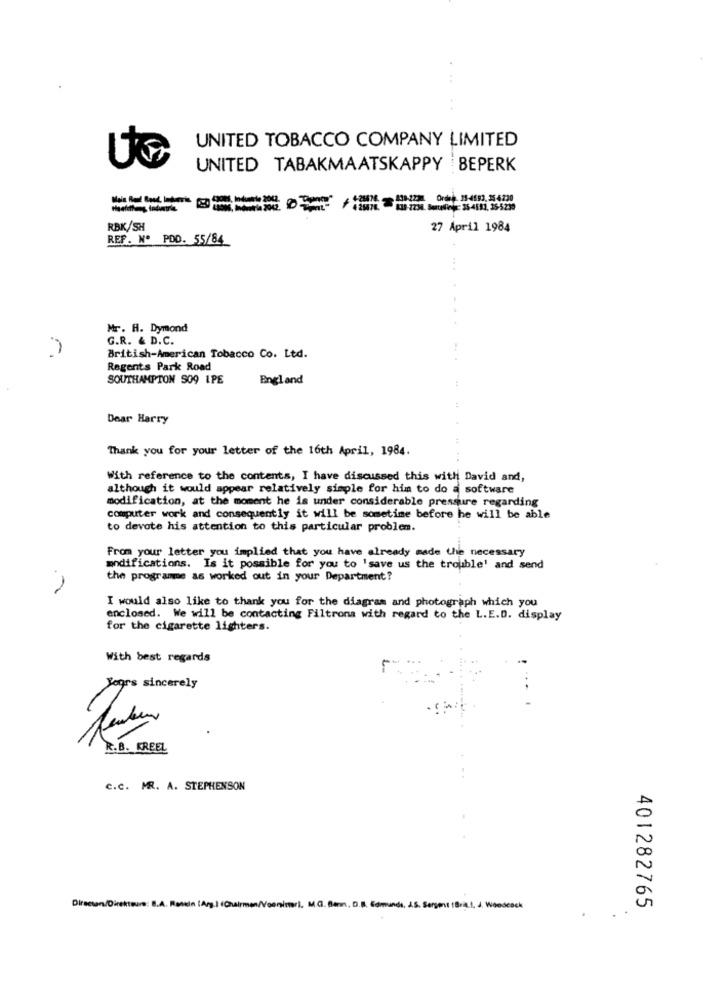
UNITED TOBACCO COMPANY LIMITED
UC
UNITED TABAKMAATSKAPPY BEPERK
108-223 Ordet 13-4883. 25 4:230
RBK/SH
27 April 1984
REF. Nº PDD. 55/84
Mr. H. Dymond
G.R. & D.C.
British-American Tobacco Co. Ltd.
Regents Park Road
SOUTHAMPTON SO9 1PE
England
Dear Harry
Thank you for your letter of the 16th April, 1984.
With reference to the contents, I have discussed this with David and,
although it would appear relatively simple for him to do a software
modification, at the moment he is under considerable pressure regarding
computer work and consequently it will be sometime before he will be able
to devote his attention to this particular problem.
From your letter you implied that you have already made the necessary
modifications. Is it possible for you to 'save us the trouble' and send
the programme as worked out in your Department?
I would also like to thank you for the diagram and photograph which you
enclosed. We will be contacting Filtrona with regard to the L.E.D. display
for the cigarette lighters.
With best regards
Yogrs sincerely
R.B. KREEL
c.c. MR. A. STEPHENSON
Director/Direkteure: S.A. Resein (Arg.) (Chairman/Voeninseri. M.G. Ben, D.B. Edmunds, 45
401282765